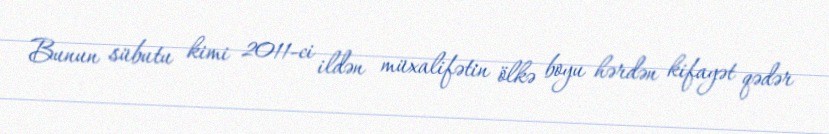
Bunun sübutu kimi 2011-ci ildən müxalifətin ölkə boyu hərdən kifayət qədər